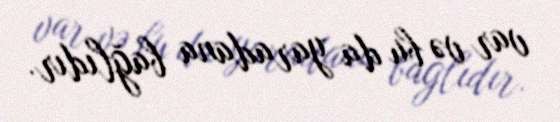
var və bu da yaradana bağlıdır.